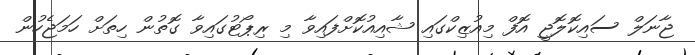
ޖާނަލް ސައިކޮލޮޖީ އޮފް މިއުޒިކްގައި ޝާއިއުކޮށްފައިވާ މި ރިޕޯޓުގައިވާ ގޮތުން ހިތަށް ހަމަޖެހުން